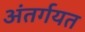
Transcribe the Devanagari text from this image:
अंतर्गयत